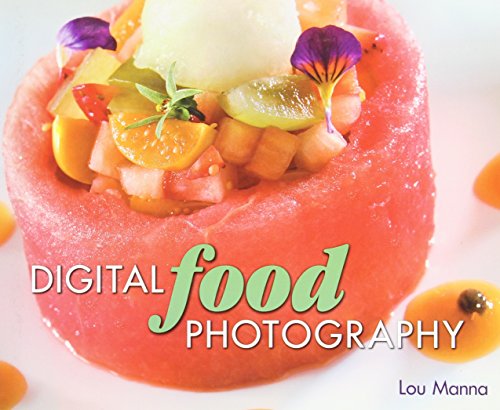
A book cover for Digital Food Photography; Lou Manna; Computers & Technology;